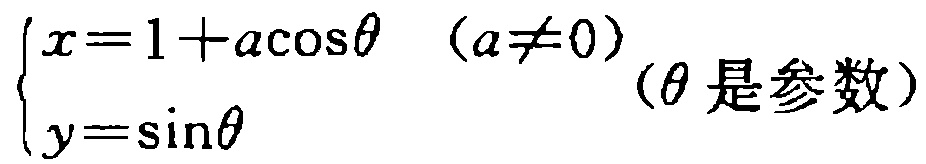
$\begin{cases}x = 1 + a\cos\theta&(a\neq0)\\y = \sin\theta\end{cases}$（$\theta$是参数）